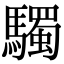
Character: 䮷